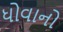
ધોવાનો